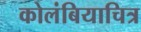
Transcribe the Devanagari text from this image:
कोलंबियाचित्र